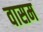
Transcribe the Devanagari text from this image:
वासम